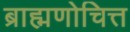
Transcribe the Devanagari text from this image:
ब्राह्मणोचित्त